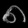
Digit: ၈